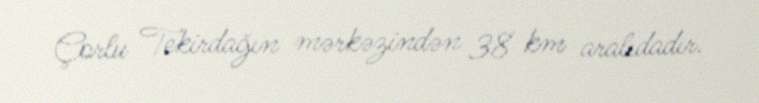
Çorlu Tekirdağın mərkəzindən 38 km aralıdadır.